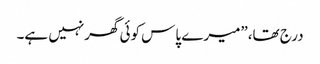
درج تھا،”میرے پاس کوئی گھرنہیں ہے۔